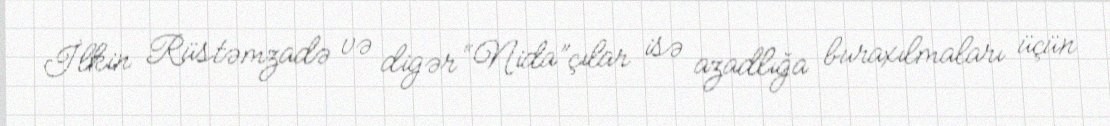
İlkin Rüstəmzadə və digər “Nida”çılar isə azadlığa buraxılmaları üçün